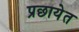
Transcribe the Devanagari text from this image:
प्रछायेत